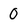
Character: O